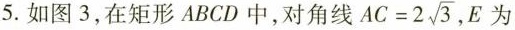
5.如图3，在矩形ABCD中，对角线AC=2\sqrt{3},E为